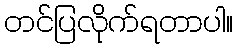
တင်ပြလိုက်ရတာပါ။